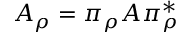
A _ { \rho } = \pi _ { \rho } A \pi _ { \rho } ^ { * }